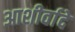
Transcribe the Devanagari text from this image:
आशीर्वादे